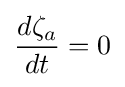
{\frac {d\zeta _{a}}{dt}}=0